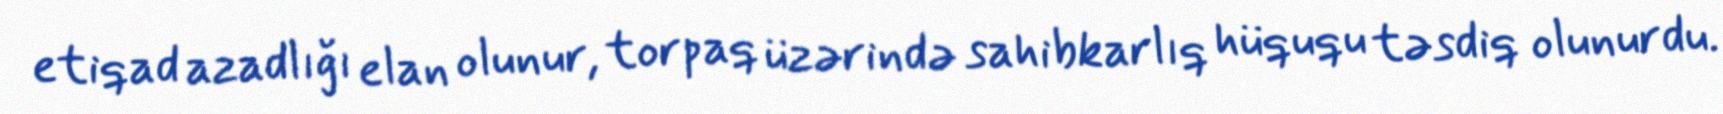
etiqad azadlığı elan olunur, torpaq üzərində sahibkarlıq hüququ təsdiq olunurdu.